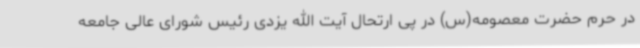
در حرم حضرت معصومه(س) در پی ارتحال آیت الله یزدی رئیس شورای عالی جامعه